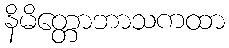
နိမိတ္တောဘာသကထာ